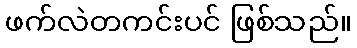
ဖက်လဲတကင်းပင် ဖြစ်သည်။